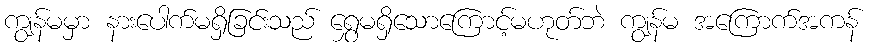
ကျွန်မမှာ နားပေါက်မရှိခြင်းသည် ရွှေမရှိသောကြောင့်မဟုတ်ဘဲ ကျွန်မ အကြောက်အကန်